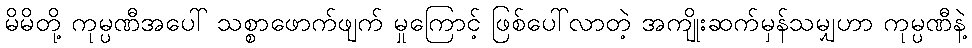
မိမိတို့ ကုမ္ပဏီအပေါ် သစ္စာဖောက်ဖျက် မှုကြောင့် ဖြစ်ပေါ်လာတဲ့ အကျိုးဆက်မှန်သမျှဟာ ကုမ္ပဏီနဲ့